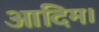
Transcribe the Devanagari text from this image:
आदिम।